Bréfritari: Sæunn Jónsdóttir
Viðtakandi: Jón Borgfirðingur
Dagsetning: A-1866-08-01
Skrifað á: Akureyri  Eyf.
52 ára árið 1865 og var kona Páls Pálssonar tómthúsm.

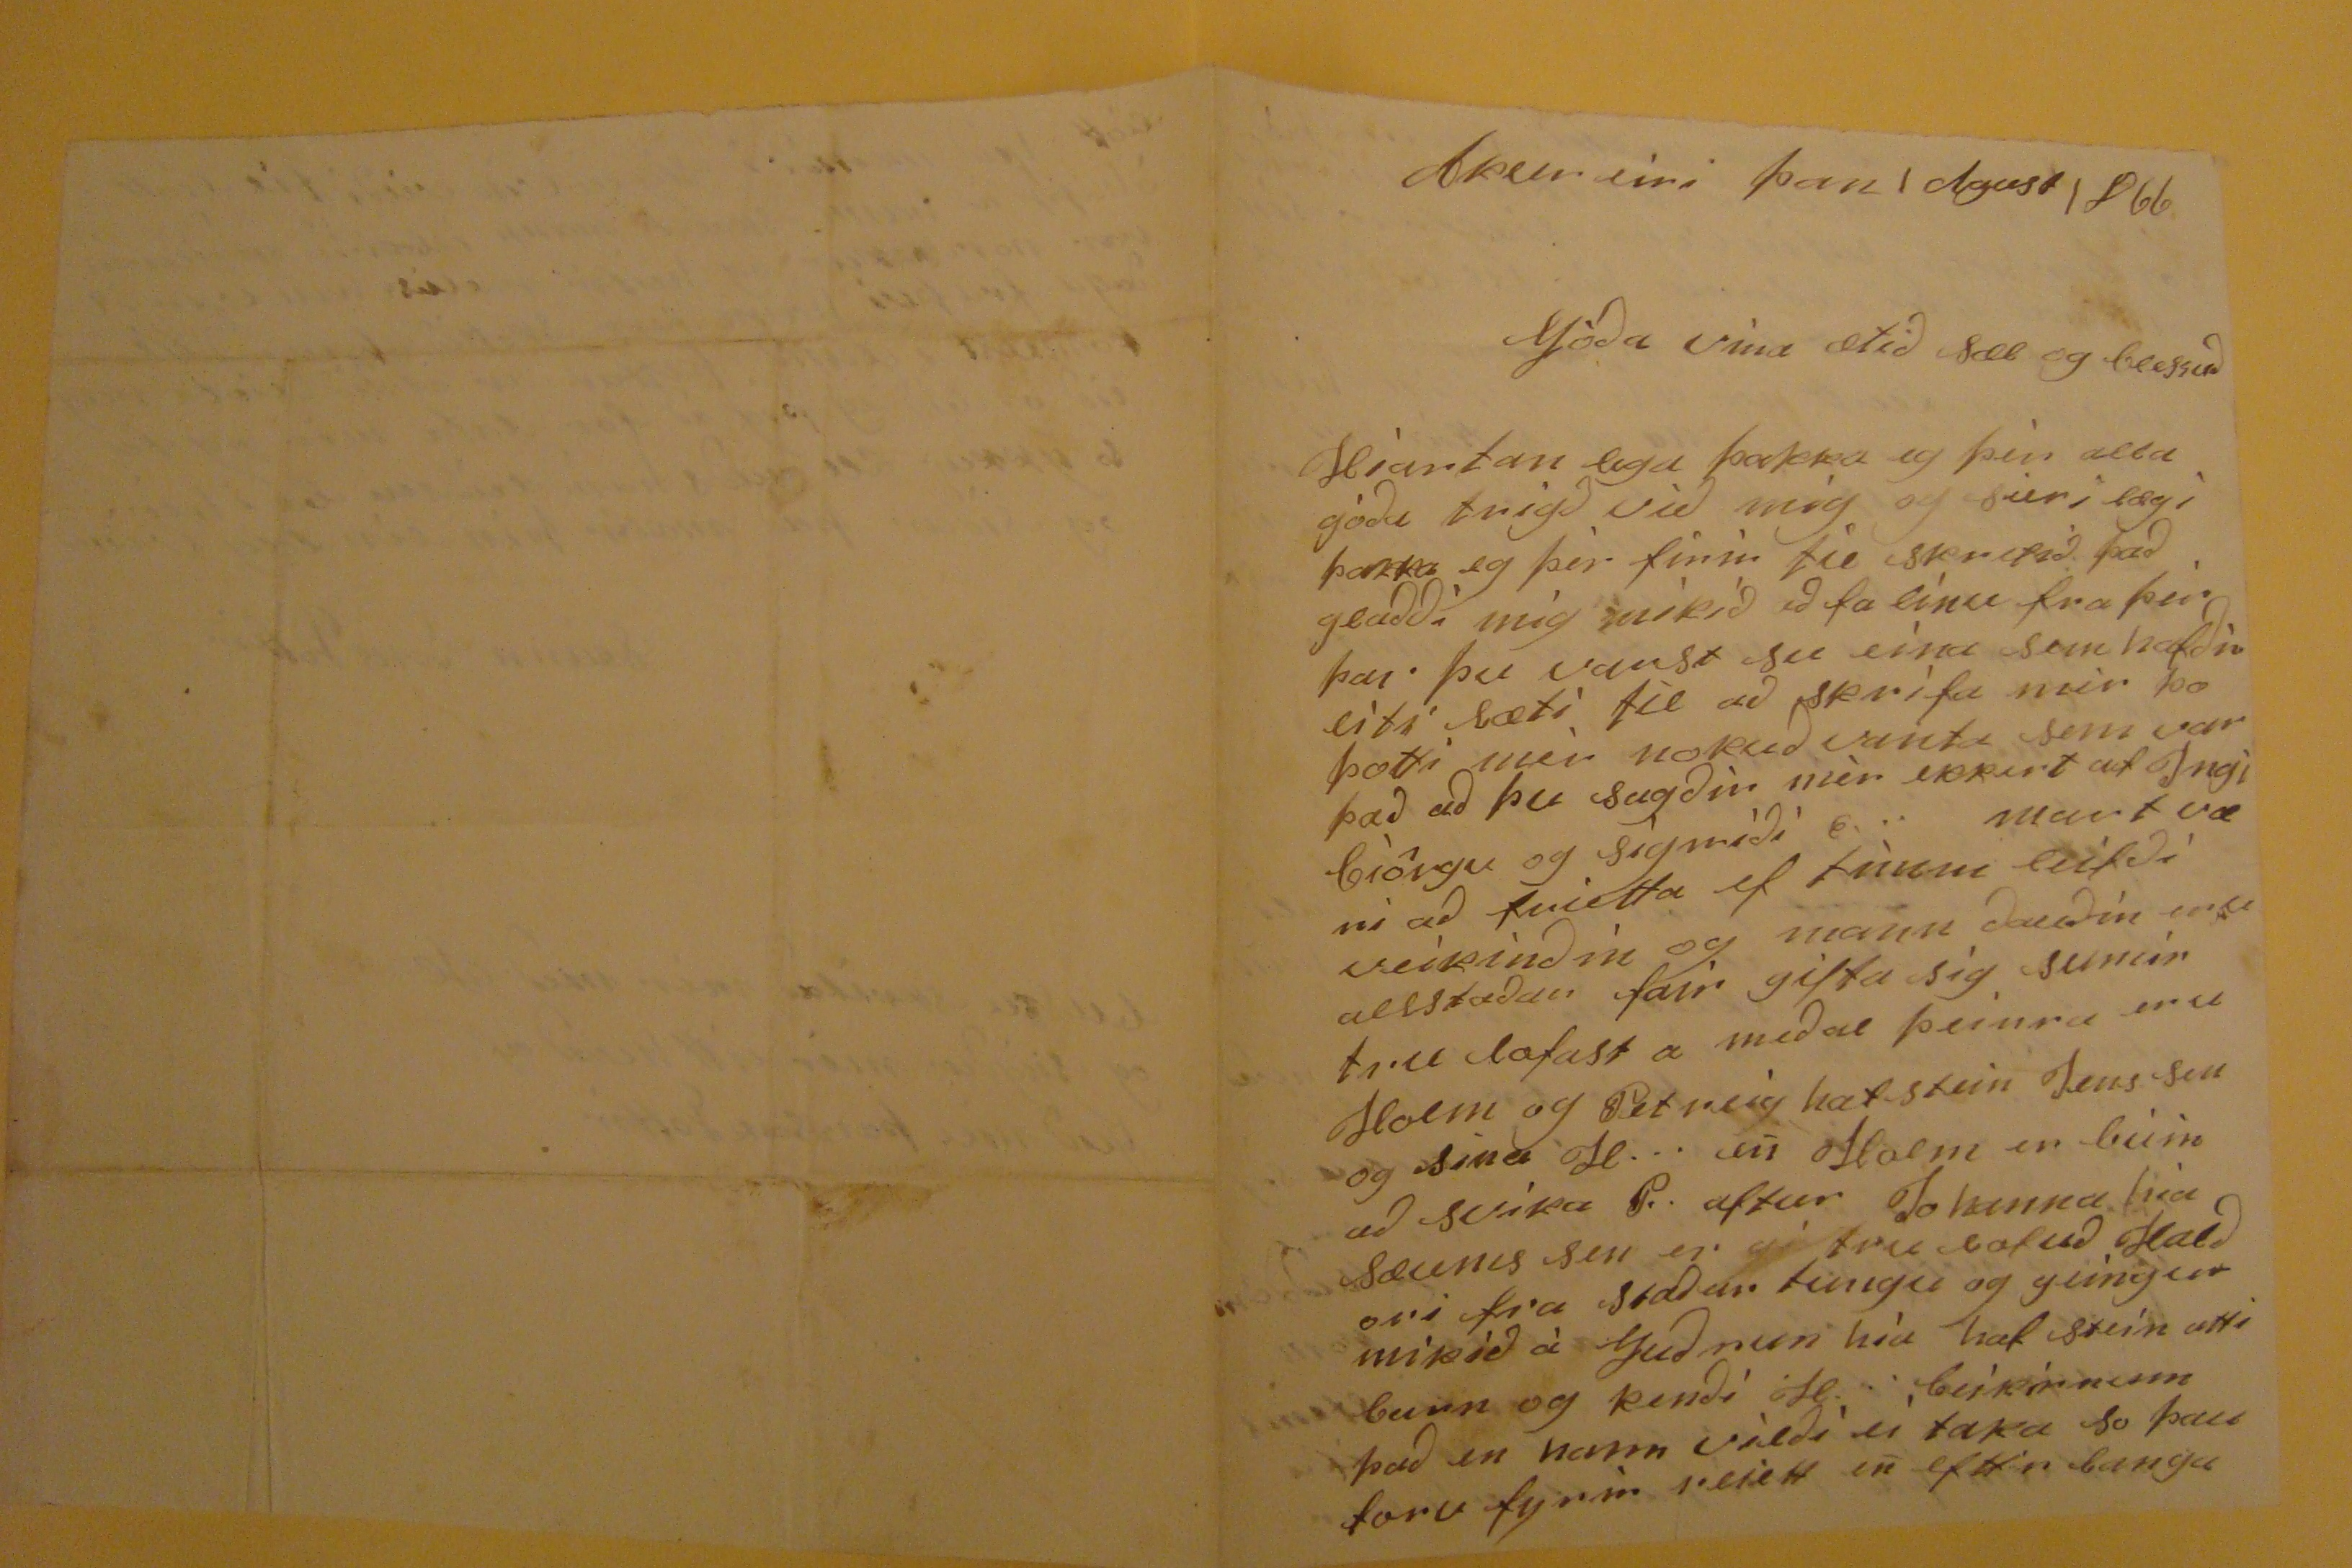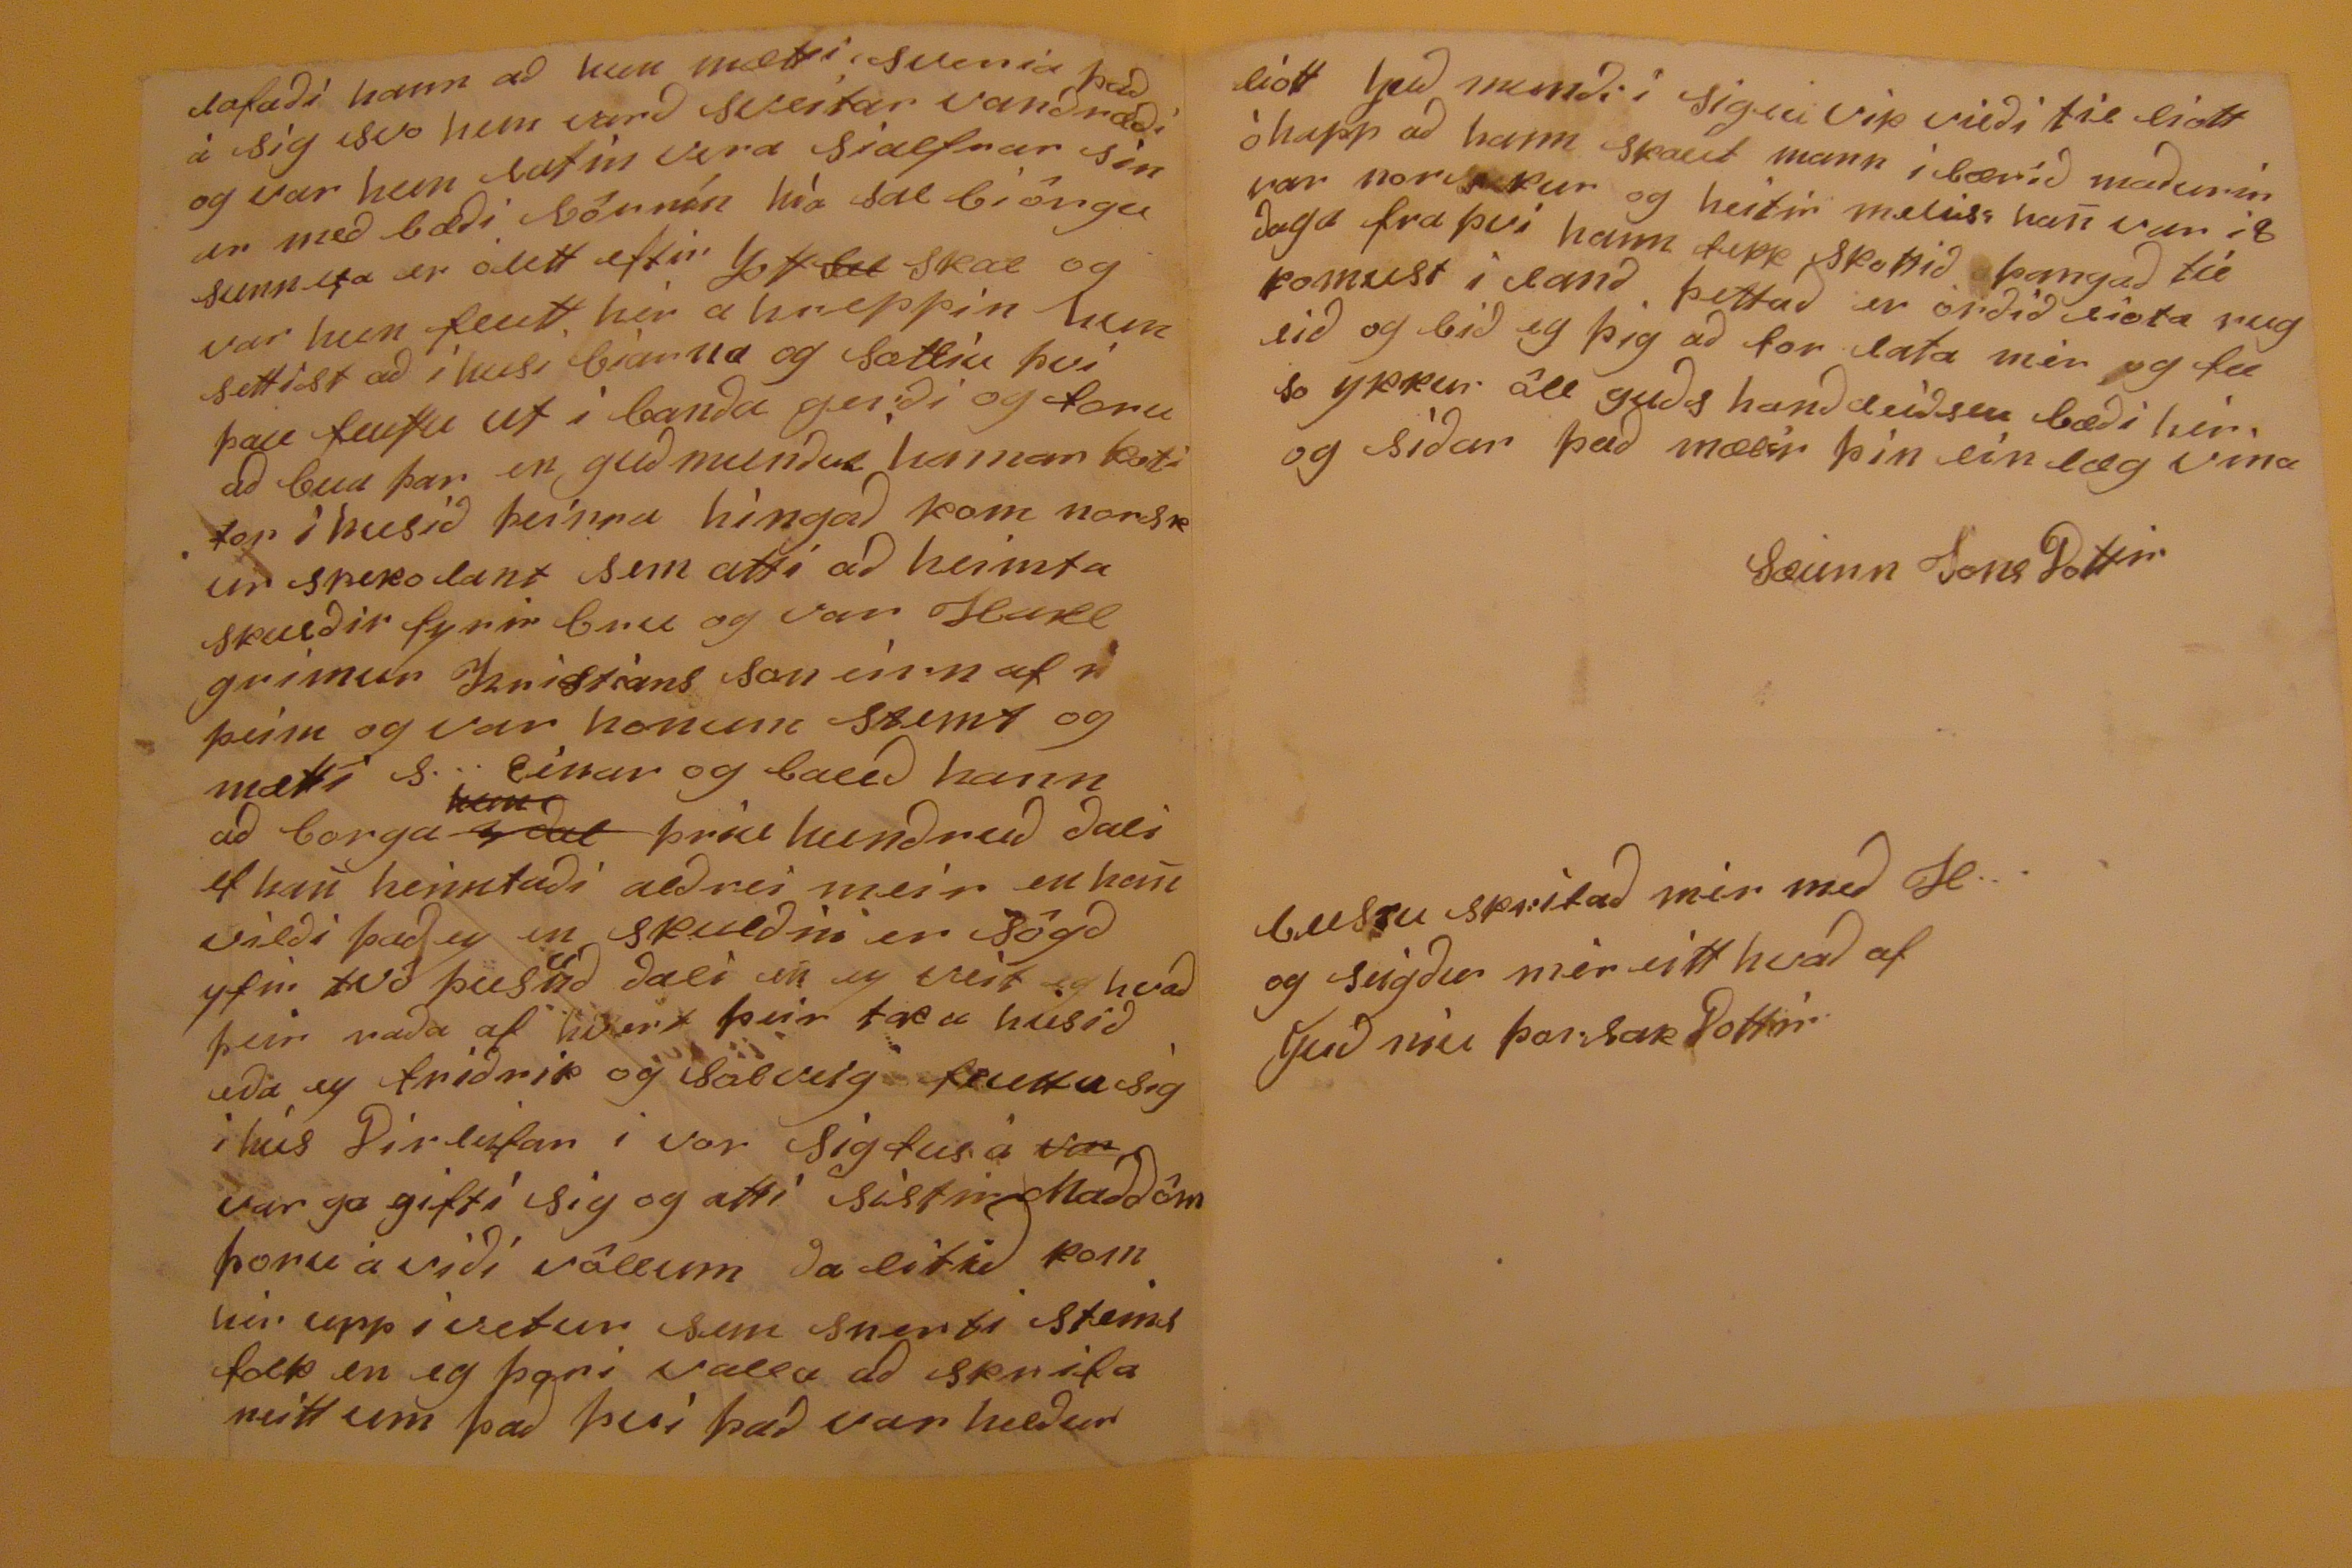

Akureiri þan 1 Agust 1866
Gòda vìna ætid sæl og blessud
Hiartan lega þakka eg þèr alld gòda trigd vid mig og sier i lægi þakka eg þèr firir til skrifid þad gladdi mig mìkìd ad fa eína fra þér þar þu varst su eína sem hafdir
úti
sæti til ad skrìfa mér so þætti mér nokud vanta sem var þad ad þu sagdir mèr ekkert af Ingibìörgu og Sigrìdì e.r mart væri ad frietta ef tìmin
eìlfdi
veìkìndìn og mann daudìn
irdi
allstadar fair gifta sig sumir tru lofast a medal þeirra eru Holm og Petrig hafstein Jens sen og sina H... úr Holm en búin ad svíka G. aftur Johanna hia sæuns sen er tru lofud Haldori fra stadar tungu og geingur mikid à Gudrun hìa hafstein atti barn og kendi H...
lúkinnum
þad en hann vildi eì taka so þau foru fyrir riett en efttir langa
lofadi hann ad hun mætti sveria þad á sig svo hun vard sveitar vandrædi og var hun latin vera sialfrar sínir med bædi
lónnín
hìa salbiörgu sunnefa er ólett eftir gott
sal
skal og var hun flutt hér a hreppin hun settist ad ì husi biarna og sættir þvi þau fluttu ut ì banda gerdi og foru ad bua þar en gudmundur hamar koti for ì husid þeirra hìngad kom norskur spekolant sem atti ad heimta skurdir fyrir bru og var Hallgrímur kristians son einn af þeim og var honum stemt og mætti s... einar og baud hann ad borga
3 dal kem
þriu hundrud dali 4 han heimtadi aldrei meir en han vildi þad ey en skuldin er sögd yfir tvö þusund dali en ey veit eg hvad þeir rada af hvert þeir taka husid, eda ey fridrik og Salveig kruttu sig i hús Dirleifar i vor Sigfus á
var
var ga gifti sig og atti sistir Maddöm foru a vidi völlum dalitid komnir upp ì vetur sem snerti
steinsfald
en eg þori valla ad skrifa neitt um þad þvì þad var
vedur
liott
lud
mundi i sigluvik vildi til liott òhapp ad hann skaut mann ì lærid madurin var norskur og heitir
melliss
han var -8 daga fra þvi hann fekk skottid þangad til komust i land. þettad er ordid vota ruglid og bid eg þig ad for lata mér og tel so ykkur öll guds handleidslu bædi hér og sìdar þad mælir þìn einlæg vina
Sæunn JonsDottir
viltu
skrifad mér med H.. og seigdu mér eitthvad af gudniu þorlakDottir